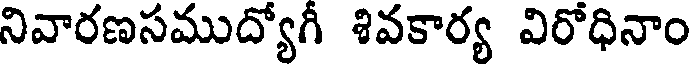
నివారణసముద్యోగీ శివకార్య విరోధినాం